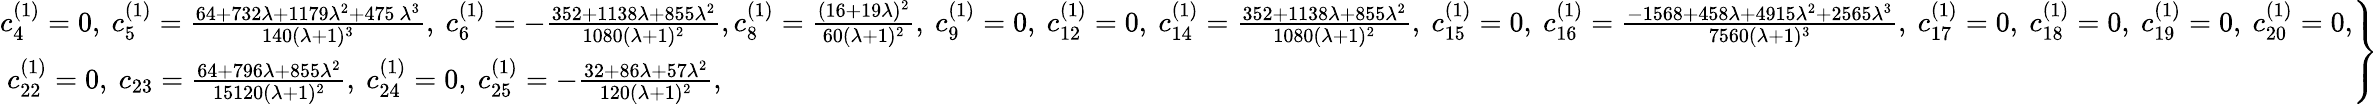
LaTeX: \left.\begin{array}{ll}{c_{4}^{(1)}=0,~c_{5}^{(1)}=\frac{64+732\lambda+1179\lambda^{2}+475~\lambda^{3}}{140(\lambda+1)^{3}},~c_{6}^{(1)}=-\frac{352+1138\lambda+855\lambda^{2}}{1080(\lambda+1)^{2}},c_{8}^{(1)}=\frac{(16+19\lambda)^{2}}{60(\lambda+1)^{2}},~c_{9}^{(1)}=0,~c_{12}^{(1)}=0,\ c_{14}^{(1)}=\frac{352+1138\lambda+855\lambda^{2}}{1080(\lambda+1)^{2}},~c_{15}^{(1)}=0,~c_{16}^{(1)}=\frac{-1568+458\lambda+4915\lambda^{2}+2565\lambda^{3}}{7560(\lambda+1)^{3}},~c_{17}^{(1)}=0,~c_{18}^{(1)}=0,~c_{19}^{(1)}=0,~c_{20}^{(1)}=0,}\\ {~c_{22}^{(1)}=0,~c_{23}=\frac{64+796\lambda+855\lambda^{2}}{15120(\lambda+1)^{2}},~c_{24}^{(1)}=0,~c_{25}^{(1)}=-\frac{32+86\lambda+57\lambda^{2}}{120(\lambda+1)^{2}},}\end{array}\right\}